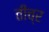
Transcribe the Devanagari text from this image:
तीच्र